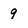
Character: 9